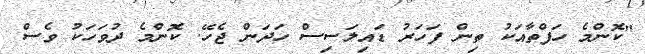
"ކޮންމެ ހަފްތާއަކު ތިން ފަހަރު ޑައިލަސިސް ހަދަން ޖެހޭ. ކޮންމެ ދުވަހަކު ވެސް